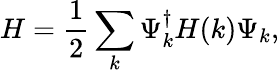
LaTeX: H=\frac{1}{2}\sum_{k}\Psi_{k}^{\dagger}H(k)\Psi_{k},